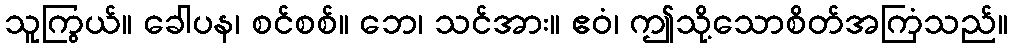
သူကြွယ်။ ခေါပန၊ စင်စစ်။ ဘေ၊ သင်အား။ ဧဝံ၊ ဤသို့သောစိတ်အကြံသည်။